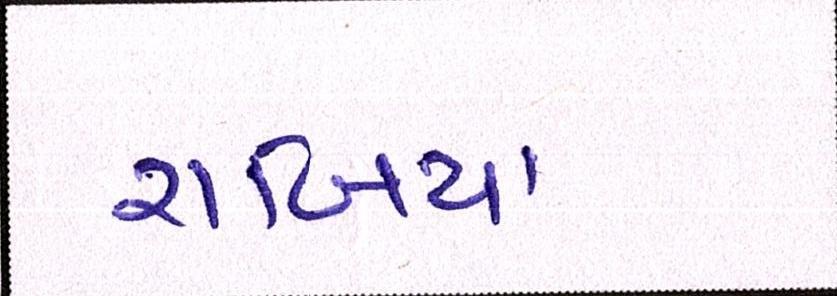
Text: રાબિયા